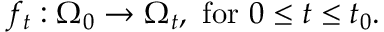
f _ { t } : \Omega _ { 0 } \to \Omega _ { t } , { \mathrm { ~ f o r ~ } } 0 \leq t \leq t _ { 0 } .